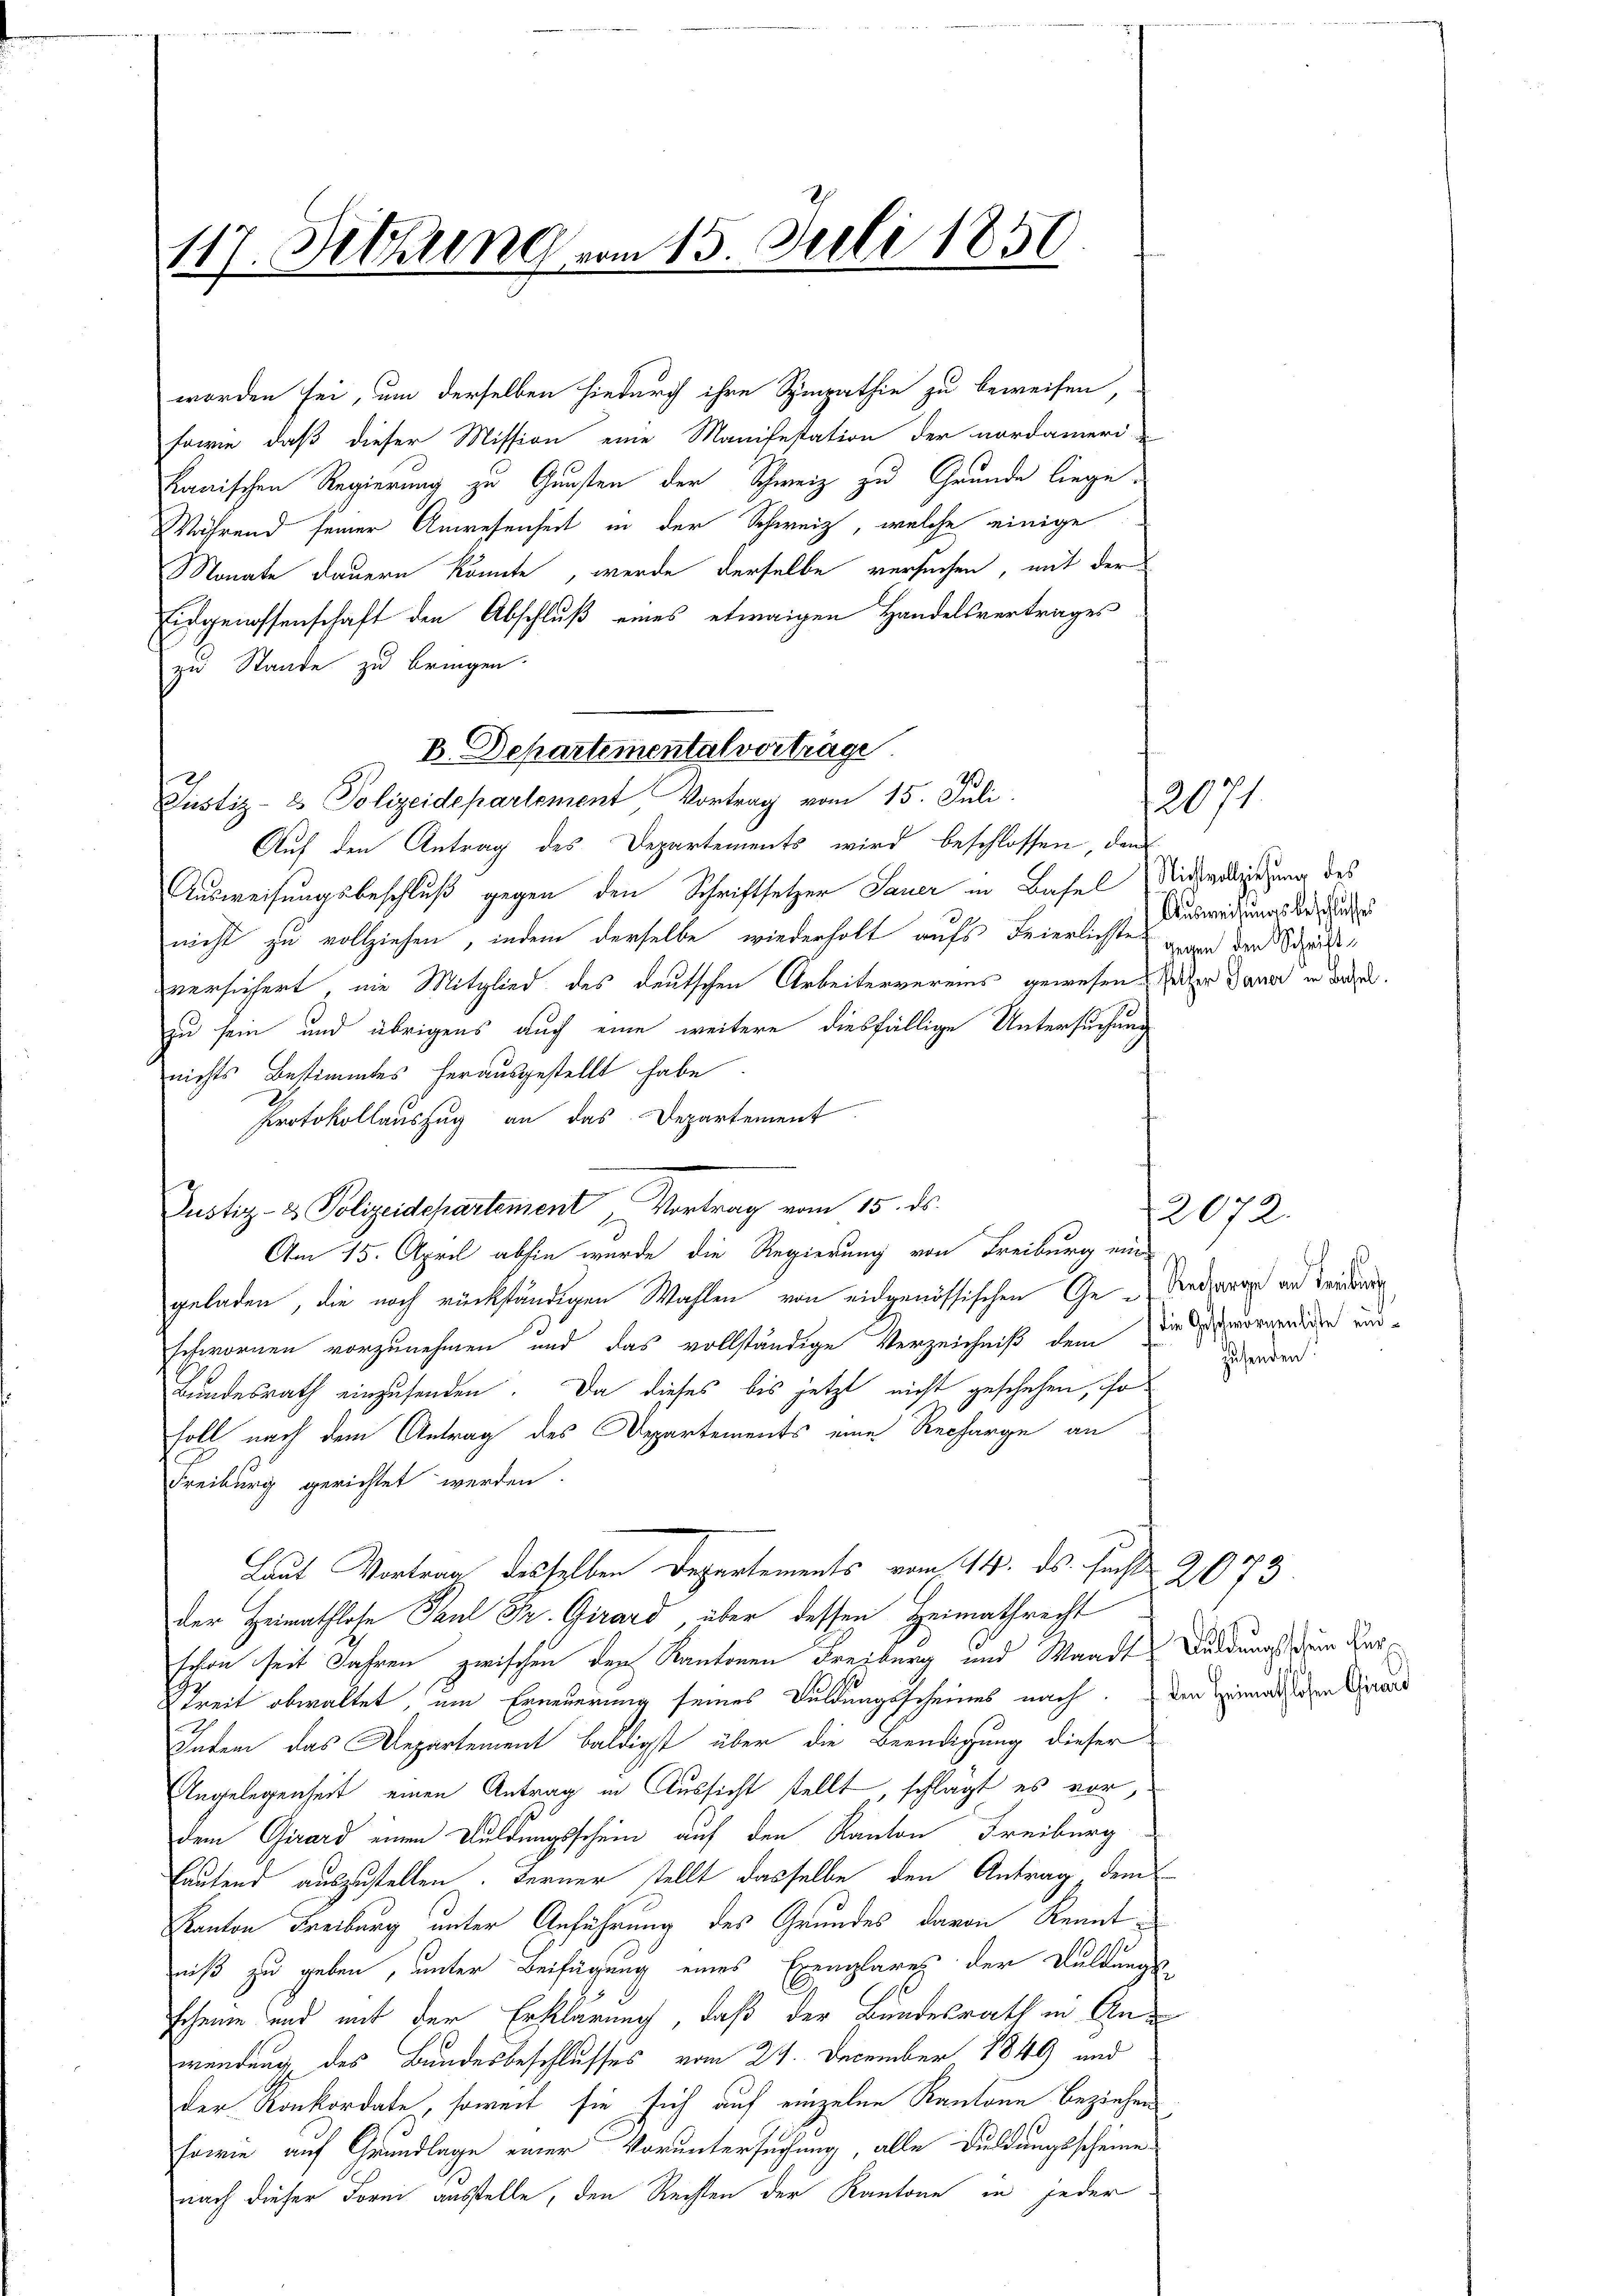
117. Februng vom 15. Juli 1850.

Justiz- & Polizeidepartement Vortrag vom 15. Juli.

worden sei, um derselben hiedurch ihre Sympathie zu beweisen,
sowie, daß dieser Mission eine Manifestation der nordameri
kanischen Regierung zu Gunsten der Schweiz zu Grunde liege.
Während seiner Anwesenheit in der Schweiz, welche einige
Monate dauern könnte, werde derselbe versuchen, mit der
Eidgenossenschaft den Abschluß eines etwaigen Handelsvertrages
zu Stande zu bringen.
D. Departemental vorträge

Auf den Antrag des Departements wird beschlossen, den
Ausweisungsbeschluß gegen den Schriftsetzer Sauer in Basel Richteiligerung des
nicht zu vollziehen, indem derselbe wiederholt aufs Feierlichsten der Schriftversichert, nie Mitglied des deutschen Arbeitervereins gewesen. Weiter Dauer in dazuzu sein und übrigens auch eine weitere diesfällige Untersuchung
nichts Bestimmtes herausgestellt habe
Protokollauszug an das Departement
Justiz- & Polizeidepartement Vortrag vom 15. ds.
Am 15. April abhin wurde die Regierung von Freiburg ein
geladen, die noch rückfändigen Wahlen von eidgenössischen Ge- Riederge an Frieder
schwornen vorzunehmen und das vollständige Verzeichniß dem in morgeriden und
Bundesrath einzusenden. Da dieses bis jetzt nicht geschehen, so¬
Foll nach dem Antrag des Departements eine Recharge an
Freiburg gerichtet werden.
Laut Vortrag desselben Departements vom 14. ds. sucht
der Heimathlose Paul Dr. Girard, über dessen Heimathrecht
schon seit Jahren zwischen der Kantonen Freiburg und Waadt Buldungs dem Ver¬
Streit obwaltet, um Erneuerung seines Duldungsscheines nach. Den Einmaligen Girard
Inten das Departement baldigst über die Beendigung dieser
Angelegenheit einen Antrag in Aussicht stellt, schlägt es vor,
dem Girard einen Duldungsschein auf den Kanton Freiburg
lautend auszustellen. Ferner stellt dasselbe den Antrag, dem
Kanton Freiburg unter Anführung des Grundes davon Kenntniß zu geben, unter Beifügung eines Exemplares der Duldungs-
scheine und mit der Erklärung, daß der Bundesrath in Anwendung des Bundesbeschlusses vom 24. December 1849 und
der Konkordate, soweit sie sich auf einzelne Kantone beziehen
sowie auf Grundlage einer Voruntersuchung, alle Duldungsscheine
nach dieser Forni ausstelle, den Rechten der Kantone in jeder

Ausweisungsbeschlusses

2071.

zusenden.

22072.

2073